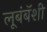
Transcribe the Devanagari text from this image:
लूबंबॅशी